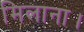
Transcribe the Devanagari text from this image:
मिलाना।